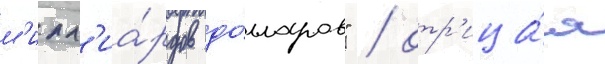
м'илл'иа́рдов до́лларов" / отр'ица́я